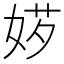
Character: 𡝅